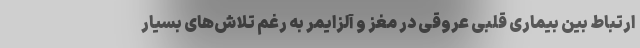
ارتباط بین بیماری قلبی عروقی در مغز و آلزایمر به رغم تلاش‌های بسیار